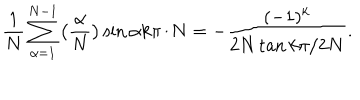
\frac { 1 } { N } \sum _ { \alpha = 1 } ^ { N - 1 } \big ( \frac { \alpha } { N } \big ) \sin \alpha k \pi / N = - \frac { ( - 1 ) ^ { k } } { 2 N \tan k \pi / 2 N } .